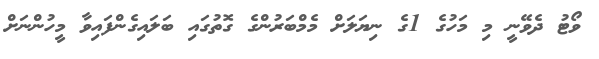
ވޯޓު ދެވޭނީ މި މަހުގެ 1ގެ ނިޔަލަށް މެމްބަރުންގެ ގޮތުގައި ބަލައިގެންފައިވާ މީހުންނަށް